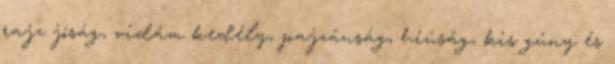
rajz jóság, vidám kedély, pajzánság, hiúság, kis gúny és